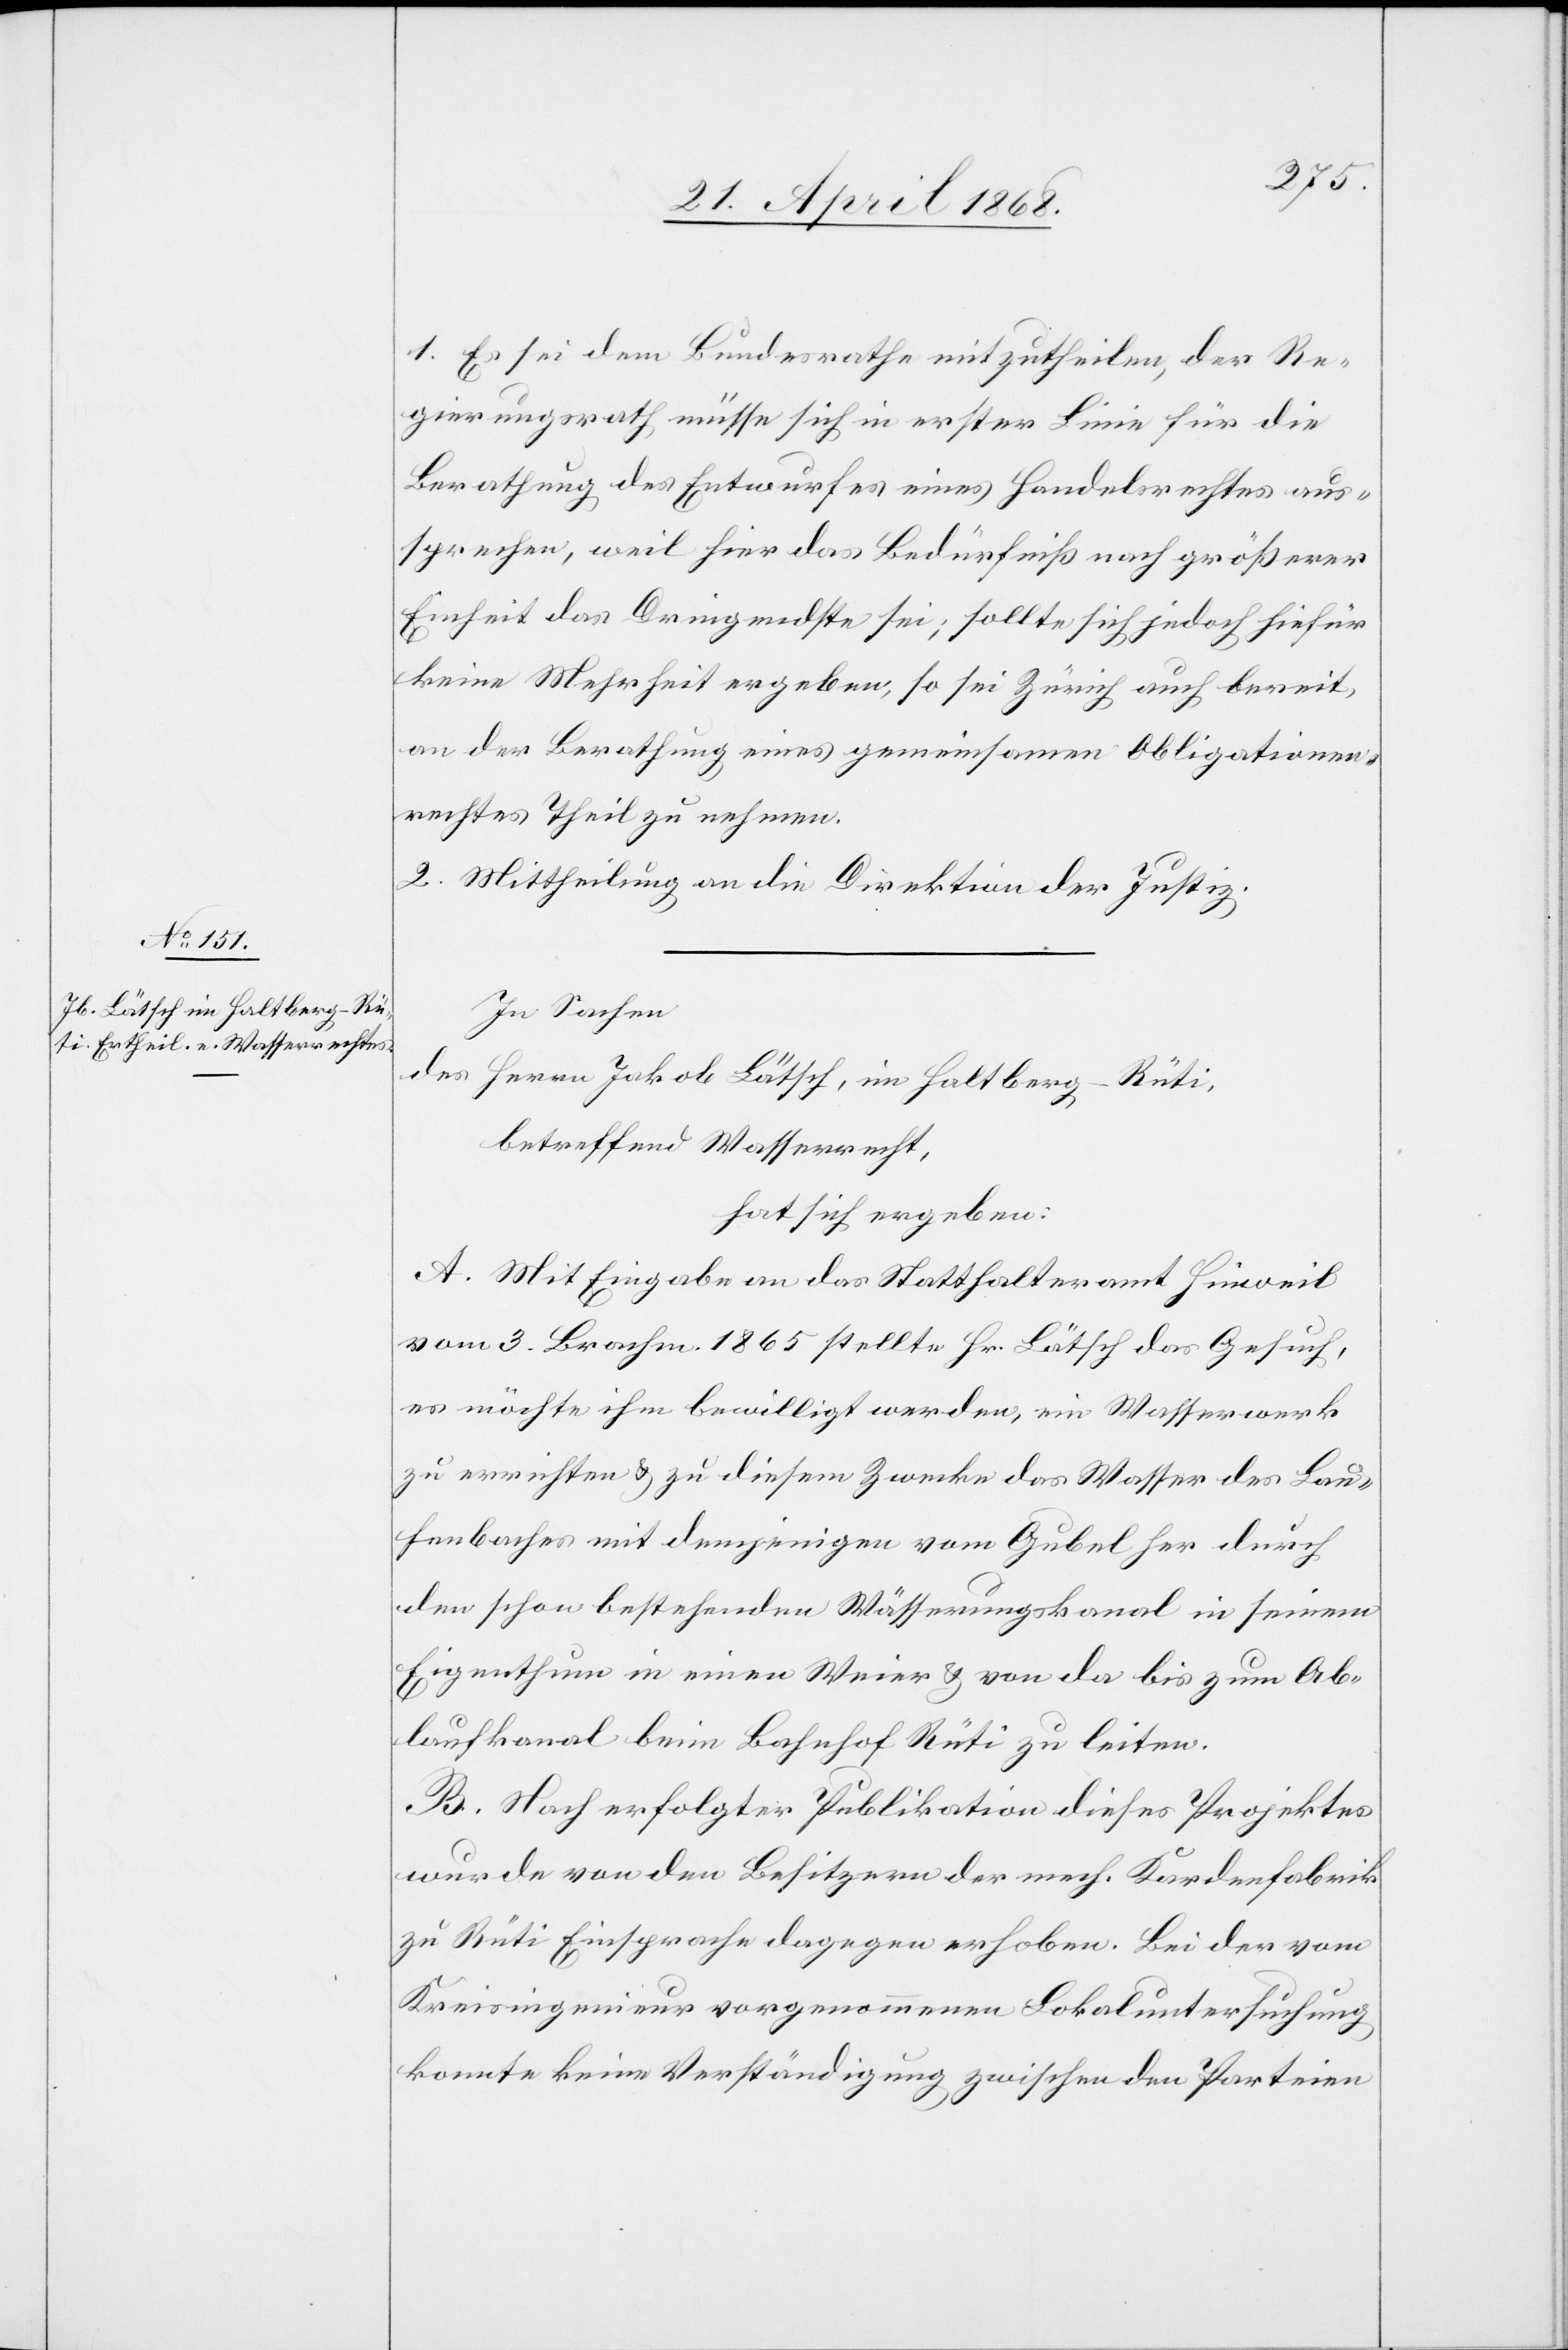
ath
für
gierungsr¬
Berathung des E¬
Re¬
der
tes aus¬
1.
nt¬
wurfes
ndelsrech¬
Ha¬
sprechen, weil hier das Bedürfniß nach größerer
Einheit das Dringendste sei; sollte sich jedoch hiefür
keine Mehrheit ergeben, so sei Zürich auch bereit,
an der Berathung eines gemeinsamen Obligationen¬
rechtes Theil zu nehmen.
2. Mittheilung an die Direktion der Justiz.
In Sachen
des Herrn Jakob Lätsch, im Haltberg-Rüti,
betreffend Wasserrecht,
hat sich ergeben:
A. Mit Eingabe an das Statthalteramt Hinweil
vom 3. Brachm. 1865 stellte Hr. Lätsch das Gesuch,
es möchte ihm bewilligt werden, ein Wasserwerk
zu errichten & zu diesem Zwecke das Wasser des Lau¬
fenbaches mit demjenigen vom Gubel her durch
den schon bestehenden Wässerungskanal in seinem
Eigenthum in einen Weier & von da bis zum Ab¬
laufkanal beim Bahnhof Rüti zu leiten.
B. Nach erfolgter Publikation dieses Projektes
wurde von den Besitzern der mech. Kardenfabrik
zu Rüti Einsprache dagegen erhoben. Bei der vom
Kreisingenieur vorgenommenen Lokaluntersuchung
konnte keine Verständigung zwischen den Parteien